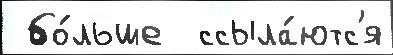
 бо́льше  ссыла́ютс'я